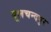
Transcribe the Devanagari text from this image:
बूलचन्दपुर